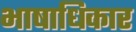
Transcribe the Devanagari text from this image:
भाषाधिकार